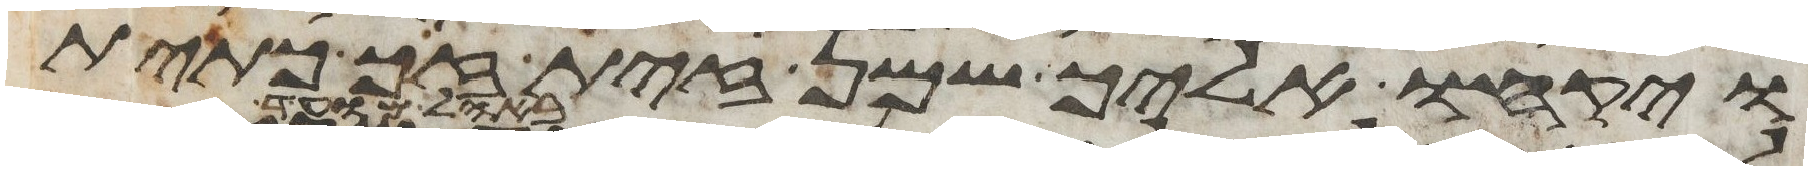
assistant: ויקחו אליך שמן זית זך כתית